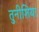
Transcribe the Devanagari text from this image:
तुनीशिया